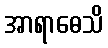
အာရာဓေသိ